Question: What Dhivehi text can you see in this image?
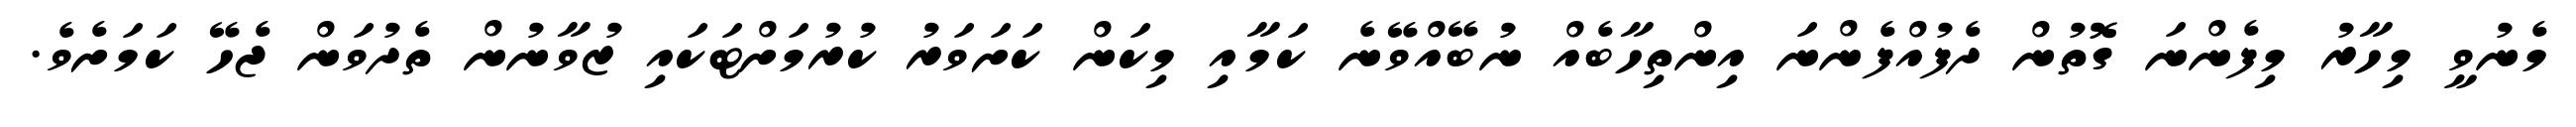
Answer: މެނުވީ މިހާރު މިފެންނަ ގޮތުން ދެފުއްފެންނަ އިންތިހާބެއް ނުބޭއްވޭނެ ކަމާއި މިކަން ކަށަވަރު ކުރުމަށްޓަކައި ޒުވާނުން ތެދުވަން ޖެހޭ ކަމަށެވެ.